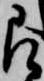
被